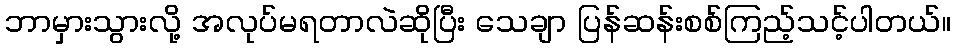
ဘာမှားသွားလို့ အလုပ်မရတာလဲဆိုပြီး သေချာ ပြန်ဆန်းစစ်ကြည့်သင့်ပါတယ်။